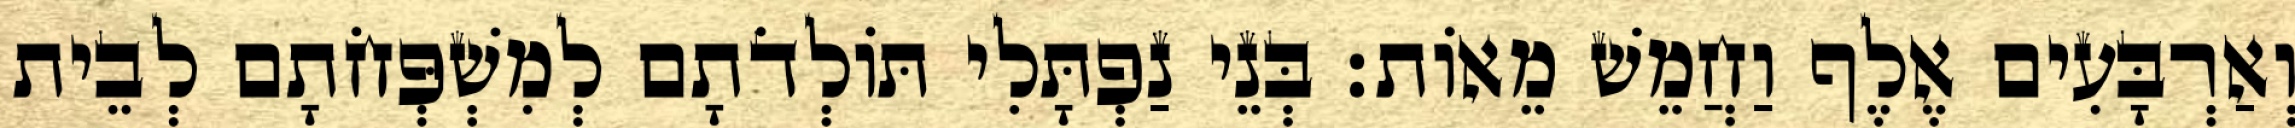
וְאַרְבָּעִים אֶלֶף וַחֲמֵשׁ מֵאוֹת׃ בְּנֵי נַפְתָּלִי תּוֹלְדֹתָם לְמִשְׁפְּחֹתָם לְבֵית